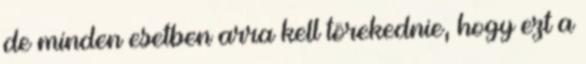
de minden esetben arra kell törekednie, hogy ezt a